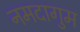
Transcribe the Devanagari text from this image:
नमदागुम